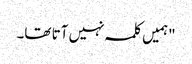
"ہمیں کلمہ نہیں آتا تھا۔